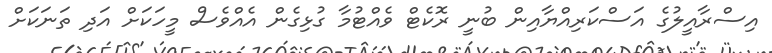
އިސްރާއީލުގެ އަސްކަރިއްޔާއިން ބުނީ ރޮކެޓް ވެއްޓުމާ ގުޅިގެން އެއްވެސް މީހަކަށް އަދި ތަނަކަށް